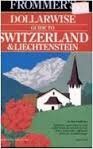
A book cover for Switzerland and Liechtenstein 1992-93 (Frommer's Comprehensive Travel Guides) by Haggart (1991) Paperback; Haggart; Travel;